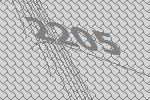
2205